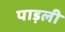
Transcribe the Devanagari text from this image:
पाड़ली